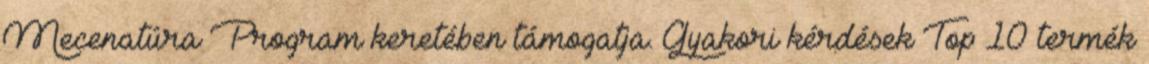
Mecenatúra Program keretében támogatja. Gyakori kérdések Top 10 termék